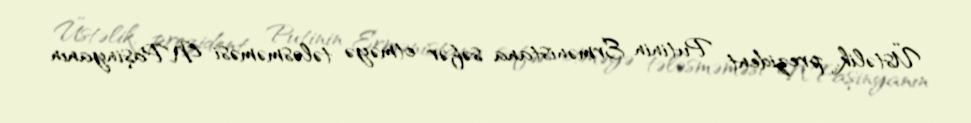
Üstəlik, prezident Putinin Ermənistana səfər etməyə tələsməməsi N.Paşinyanın